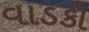
વાડકી